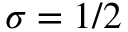
\sigma = 1 / 2